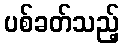
ပစ်ခတ်သည့်